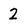
Character: 2